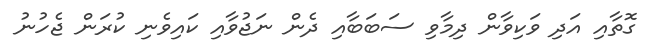
ގޮތާއި އަދި ވަކިވާން ދިމާވި ސަބަބާއި ދެން ނަޖުވާއި ކައިވެނި ކުރަން ޖެހުނު